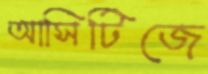
আসিটিজে